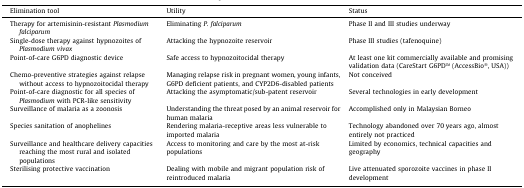
<table><thead><tr><td><b>Elimination tool</b></td><td><b>Utility</b></td><td><b>Status</b></td></tr></thead><tbody><tr><td>Therapy for artemisinin-resistant <i>Plasmodium falciparum</i></td><td>Eliminating <i>P. falciparum</i></td><td>Phase II and III studies underway</td></tr><tr><td>Single-dose therapy against hypnozoites of <i>Plasmodium vivax</i></td><td>Attacking the hypnozoite reservoir</td><td>Phase III studies (tafenoquine)</td></tr><tr><td>Point-of-care G6PD diagnostic device</td><td>Safe access to hypnozoitocidal therapy</td><td>At least one kit commercially available and promising validation data (CareStart G6PDTM (AccessBio®, USA))</td></tr><tr><td>Chemo-preventive strategies against relapse without access to hypnozoitocidal therapy</td><td>Managing relapse risk in pregnant women, young infants, G6PD deficient patients, and CYP2D6-disabled patients</td><td>Not conceived</td></tr><tr><td>Point-of-care diagnostic for all species of <i>Plasmodium</i> with PCR-like sensitivity</td><td>Attacking the asymptomatic/sub-patent reservoir</td><td>Several technologies in early development</td></tr><tr><td>Surveillance of malaria as a zoonosis</td><td>Understanding the threat posed by an animal reservoir for human malaria</td><td>Accomplished only in Malaysian Borneo</td></tr><tr><td>Species sanitation of anophelines</td><td>Rendering malaria-receptive areas less vulnerable to imported malaria</td><td>Technology abandoned over 70 years ago, almost entirely not practiced</td></tr><tr><td>Surveillance and healthcare delivery capacities reaching the most rural and isolated populations</td><td>Access to monitoring and care by the most at-risk populations</td><td>Limited by economics, technical capacities and geography</td></tr><tr><td>Sterilising protective vaccination</td><td>Dealing with mobile and migrant population risk of reintroduced malaria</td><td>Live attenuated sporozoite vaccines in phase II development</td></tr></tbody></table>